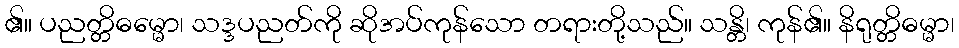
၏။ ပညတ္တိဓမ္မော၊ သဒ္ဒပညတ်ကို ဆိုအပ်ကုန်သော တရားတို့သည်။ သန္တိ၊ ကုန်၏။ နိရုတ္တိဓမ္မာ၊